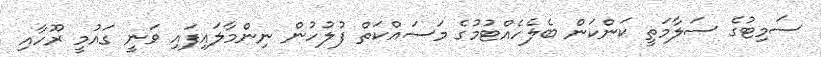
ސަމިޓުގެ ސަލާމަތީ ކަންކަން ބެލެހެއްޓުމުގެ މަސައްކަތް ފުލުހުން ނިންމާލައިފައި ވަނީ ގައުމީ ރޫހާއި